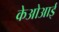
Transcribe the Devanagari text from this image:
केओआई